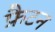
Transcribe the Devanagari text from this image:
फ्रैटन